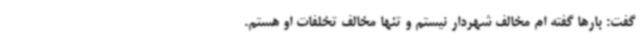
گفت: بارها گفته ام مخالف شهردار نیستم و تنها مخالف تخلفات او هستم.